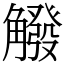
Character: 䚨